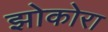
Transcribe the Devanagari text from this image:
झोकोरा